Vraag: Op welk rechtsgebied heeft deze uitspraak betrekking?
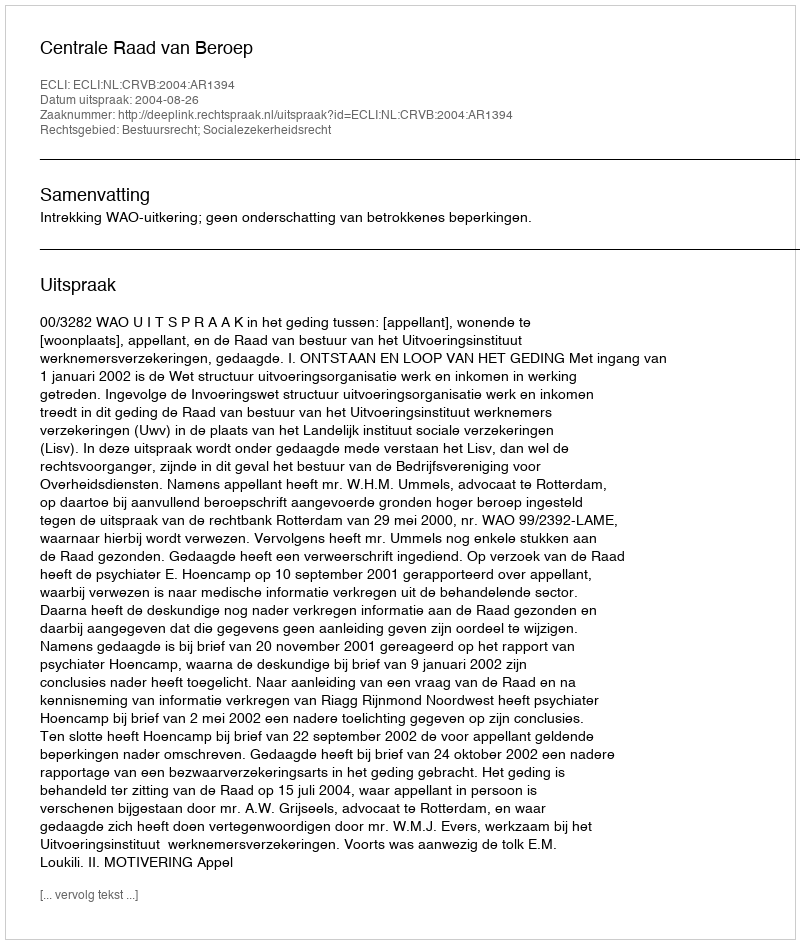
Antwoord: Bestuursrecht; Socialezekerheidsrecht